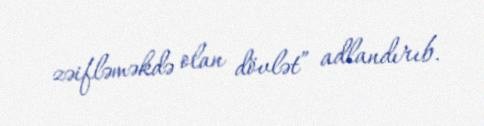
zəifləməkdə olan dövlət” adlandırıb.